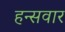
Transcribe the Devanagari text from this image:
हन्सवार